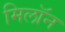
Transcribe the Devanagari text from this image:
मिलॉन